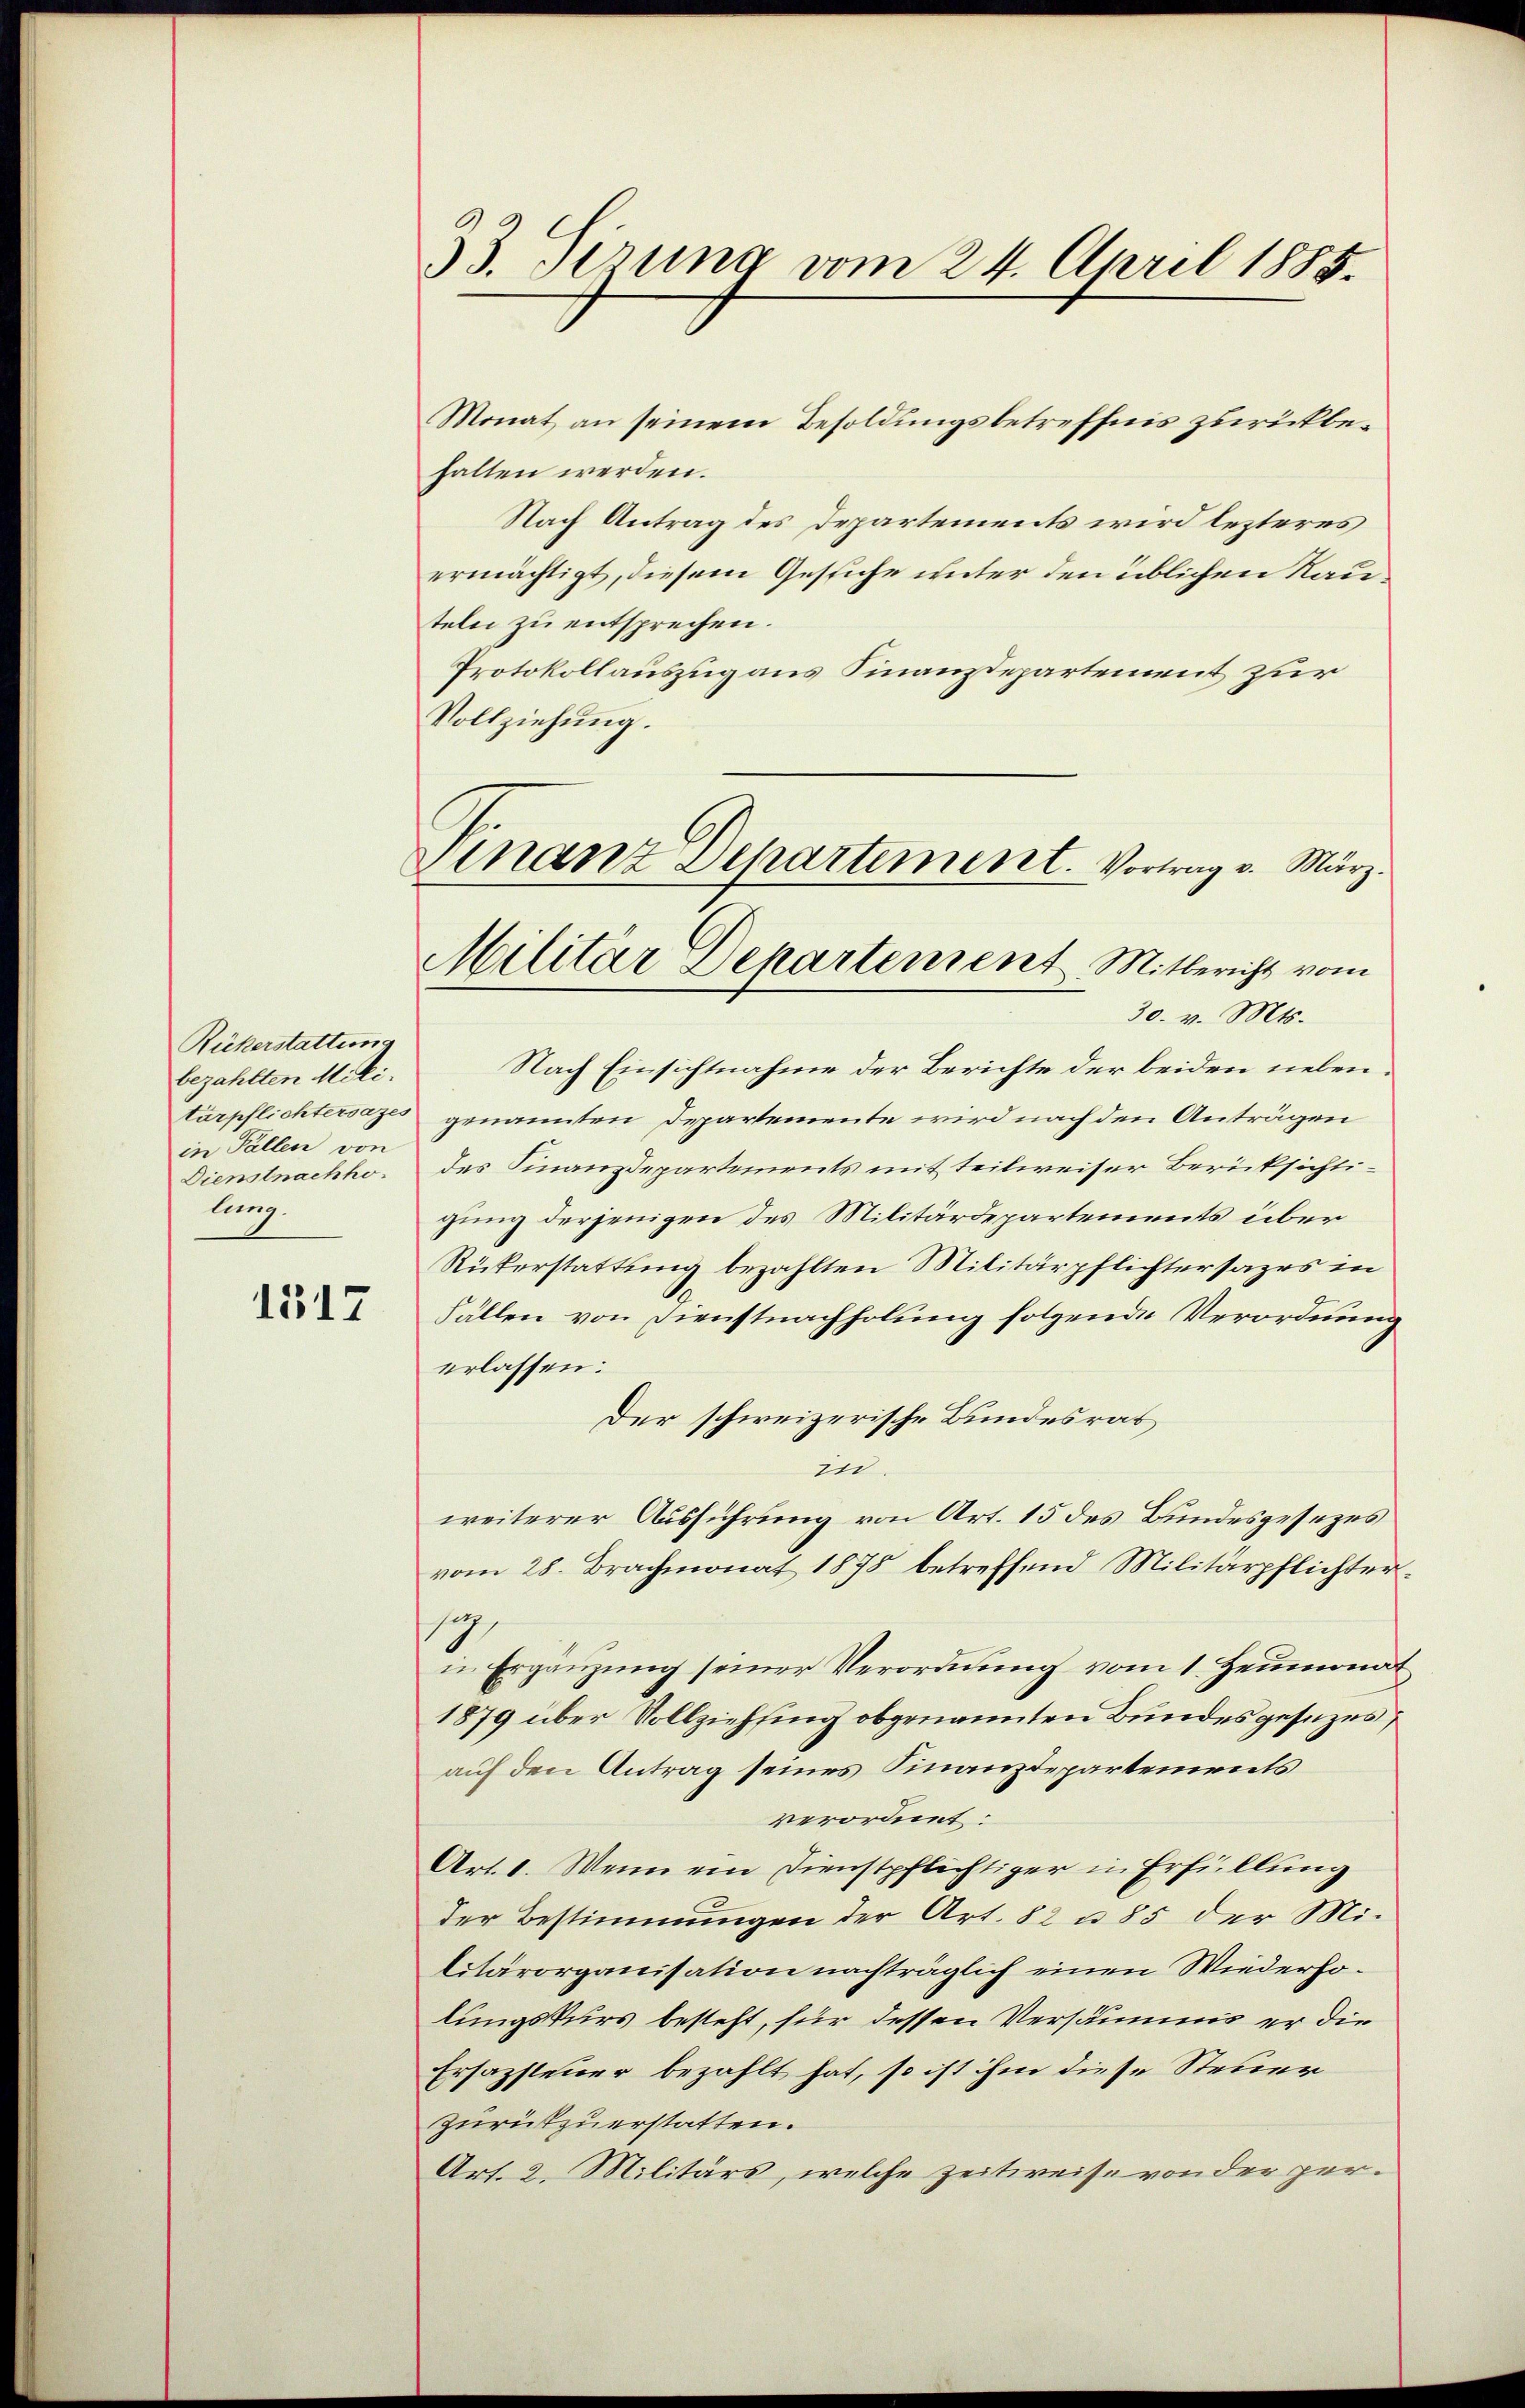
Rickerstattung
bezahlten Mili-
tärpflichtersazes
in Pallen von
Dienstnachho
lung.

1517

33. Tirung vom 24. April 1885.

Monat an seinem Besoldungsbetreffnis zurückbefalten werden.
Nach Antrag des Departements wird lezteres
ermächtigt, diesem Gesiche unter den üblichen Rauteln zu entsprechen.
Protokollauszug aus Finanzdepartement zur
Vollziehŭng.
30. v. Mts.
Nach Einsichtnahme der Berichte der beiden nebengenannten Departemente wird nach den Anträgen
des Finanzdepartements mit teilweiser Berücksichtigung derjenigen des Militärdepartements über
Rükerstattung bezahlten Militärpflichtersages in
Fällen von Dienstnachholung folgende Verordnung
erlassen:
Der schweizerische Bundesrat
in
weiterer Ausführung von Art. 15 des Bundesgesezes
vom 28. Brachmonat 1878 betreffend Militärpflichter¬
17
in Ergänzung seiner Verordnung vom 1. Heumonat
1879 über Vollziehfing obgenannten Bundesgesezes,
auf den Antrag seines Finanzdepartements
verordnet:
Art. 1. Wenn ein Dienstpflichtiger in Erfüllung
der Bestimmungen der Art. 82 u. 85 der Mi-
litärorganisation nachträglich einen Wiederholungskurs besteht, für dessen Versumme er die
Ersazsteuer bezahlt hat, so ist ihm diese Steuer
zurückzuerstatten.
Art. 2. Militärs, welche Zeitweise von der per¬

Finanz Departiment. Vortrag v. März.
Militar Departement. Mitbericht vom